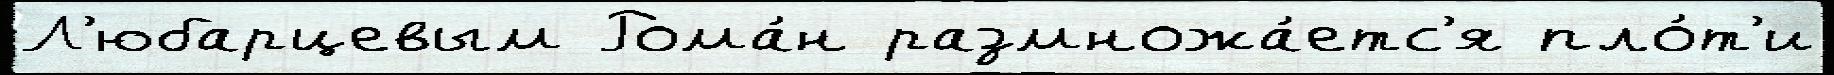
Л'юбарцевым Рома́н размножа́етс'я пло́т'и